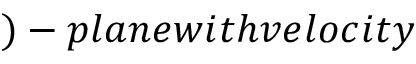
) - p l a n e w i t h v e l o c i t y